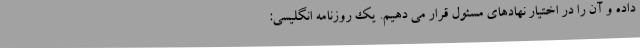
داده و آن را در اختیار نهادهای مسئول قرار می دهیم. یک روزنامه انگلیسی: